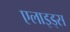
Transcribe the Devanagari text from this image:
एलाइड्स